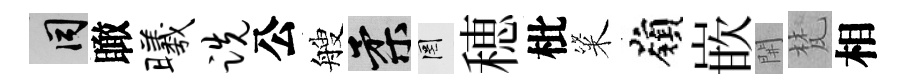
间瞰曦跣公艘柔罔穂枇粢嶺嵌𨳩梵相